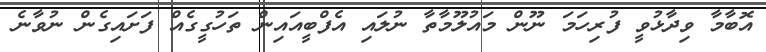
އޮބާމާ ވިދާޅުވީ ފުރިހަމަ ނޫން މައުލޫމާތާ ނުލައި އެފްބީއައިން ތަހުގީގެއް ފަށައިގެން ނުވާނެ